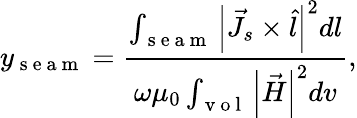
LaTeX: y_{\mathrm{~s~e~a~m~}}=\frac{\int_{\mathrm{~s~e~a~m~}}\left|\vec{J}_{s}\times\hat{l}\right|^{2}dl}{\omega\mu_{0}\int_{\mathrm{~v~o~l~}}\left|\vec{H}\right|^{2}dv},